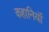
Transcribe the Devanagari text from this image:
कहानियॉं